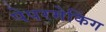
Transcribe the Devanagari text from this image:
पेपरमेकिंग